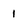
Character: 1